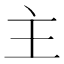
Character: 主